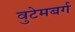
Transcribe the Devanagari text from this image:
वुटेमबर्ग